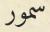
سمور